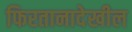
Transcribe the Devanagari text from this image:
फिरतानादेखील